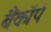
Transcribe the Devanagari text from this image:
बैंकॉर्प